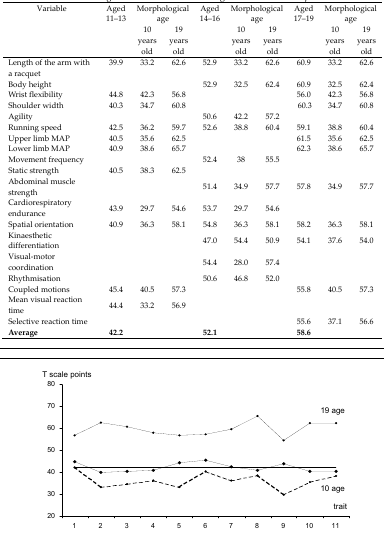
<table><thead><tr><td><b>Variable</b></td><td><b>Aged 11–13</b></td><td colspan="2"><b>Morphological age</b></td><td><b>Aged 14–16</b></td><td colspan="2"><b>Morphological age</b></td><td><b>Aged 17–19</b></td><td colspan="2"><b>Morphological age</b></td></tr><tr><td></td><td></td><td><b>10 years old</b></td><td><b>19 years old</b></td><td></td><td><b>10 years old</b></td><td><b>19 years old</b></td><td></td><td><b>10 years old</b></td><td><b>19 years old</b></td></tr></thead><tbody><tr><td>Length of the arm with a racquet</td><td>39.9</td><td>33.2</td><td>62.6</td><td>52.9</td><td>33.2</td><td>62.6</td><td>60.9</td><td>33.2</td><td>62.6</td></tr><tr><td>Body height</td><td></td><td></td><td></td><td>52.9</td><td>32.5</td><td>62.4</td><td>60.9</td><td>32.5</td><td>62.4</td></tr><tr><td>Wrist flexibility</td><td>44.8</td><td>42.3</td><td>56.8</td><td></td><td></td><td></td><td>56.0</td><td>42.3</td><td>56.8</td></tr><tr><td>Shoulder width</td><td>40.3</td><td>34.7</td><td>60.8</td><td></td><td></td><td></td><td>60.3</td><td>34.7</td><td>60.8</td></tr><tr><td>Agility</td><td></td><td></td><td></td><td>50.6</td><td>42.2</td><td>57.2</td><td></td><td></td><td></td></tr><tr><td>Running speed</td><td>42.5</td><td>36.2</td><td>59.7</td><td>52.6</td><td>38.8</td><td>60.4</td><td>59.1</td><td>38.8</td><td>60.4</td></tr><tr><td>Upper limb MAP</td><td>40.5</td><td>35.6</td><td>62.5</td><td></td><td></td><td></td><td>61.5</td><td>35.6</td><td>62.5</td></tr><tr><td>Lower limb MAP</td><td>40.9</td><td>38.6</td><td>65.7</td><td></td><td></td><td></td><td>62.3</td><td>38.6</td><td>65.7</td></tr><tr><td>Movement frequency</td><td></td><td></td><td></td><td>52.4</td><td>38</td><td>55.5</td><td></td><td></td><td></td></tr><tr><td>Static strength</td><td>40.5</td><td>38.3</td><td>62.5</td><td></td><td></td><td></td><td></td><td></td><td></td></tr><tr><td>Abdominal muscle strength</td><td></td><td></td><td></td><td>51.4</td><td>34.9</td><td>57.7</td><td>57.8</td><td>34.9</td><td>57.7</td></tr><tr><td>Cardiorespiratory endurance</td><td>43.9</td><td>29.7</td><td>54.6</td><td>53.7</td><td>29.7</td><td>54.6</td><td></td><td></td><td></td></tr><tr><td>Spatial orientation</td><td>40.9</td><td>36.3</td><td>58.1</td><td>54.8</td><td>36.3</td><td>58.1</td><td>58.2</td><td>36.3</td><td>58.1</td></tr><tr><td>Kinaesthetic differentiation</td><td></td><td></td><td></td><td>47.0</td><td>54.4</td><td>50.9</td><td>54.1</td><td>37.6</td><td>54.0</td></tr><tr><td>Visual-motor coordination</td><td></td><td></td><td></td><td>54.4</td><td>28.0</td><td>57.4</td><td></td><td></td><td></td></tr><tr><td>Rhythmisation</td><td></td><td></td><td></td><td>50.6</td><td>46.8</td><td>52.0</td><td></td><td></td><td></td></tr><tr><td>Coupled motions</td><td>45.4</td><td>40.5</td><td>57.3</td><td></td><td></td><td></td><td>55.8</td><td>40.5</td><td>57.3</td></tr><tr><td>Mean visual reaction time</td><td>44.4</td><td>33.2</td><td>56.9</td><td></td><td></td><td></td><td></td><td></td><td></td></tr><tr><td>Selective reaction time</td><td></td><td></td><td></td><td></td><td></td><td></td><td>55.6</td><td>37.1</td><td>56.6</td></tr><tr><td><b>Average</b></td><td><b>42.2</b></td><td></td><td></td><td><b>52.1</b></td><td></td><td></td><td><b>58.6</b></td><td></td><td></td></tr></tbody></table>